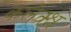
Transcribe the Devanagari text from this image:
कलेक्श्न